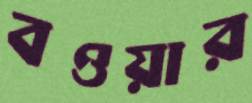
বওয়ার